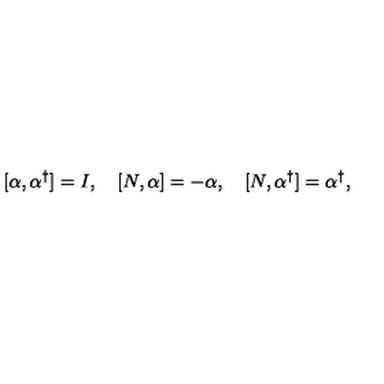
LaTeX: [ \alpha , \alpha ^ { \dagger } ] = I , \quad [ N , \alpha ] = - \alpha , \quad [ N , \alpha ^ { \dagger } ] = \alpha ^ { \dagger } { , }